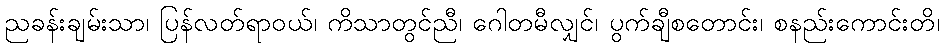
ညခန်းချမ်းသာ၊ ပြန်လတ်ရာဝယ်၊ ကိသာတွင်ညီ၊ ဂေါတမီလျှင်၊ ပွက်ချီစတောင်း၊ စနည်းကောင်းတိ၊